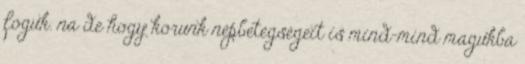
foguk. na de hogy korunk népbetegségeit is mind-mind magukba